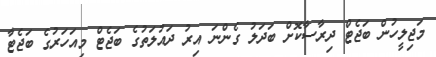
މަޖިލީހުން ބަޖެޓް ދިރާސާކޮށް ބަދަލު ގެންނަ އިރު ދައުލަތުގެ ބަޖެޓް މިއަހަރުގެ ބަޖެޓާ